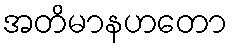
အတိမာနဟတော